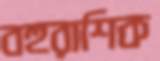
বহুরাশিক